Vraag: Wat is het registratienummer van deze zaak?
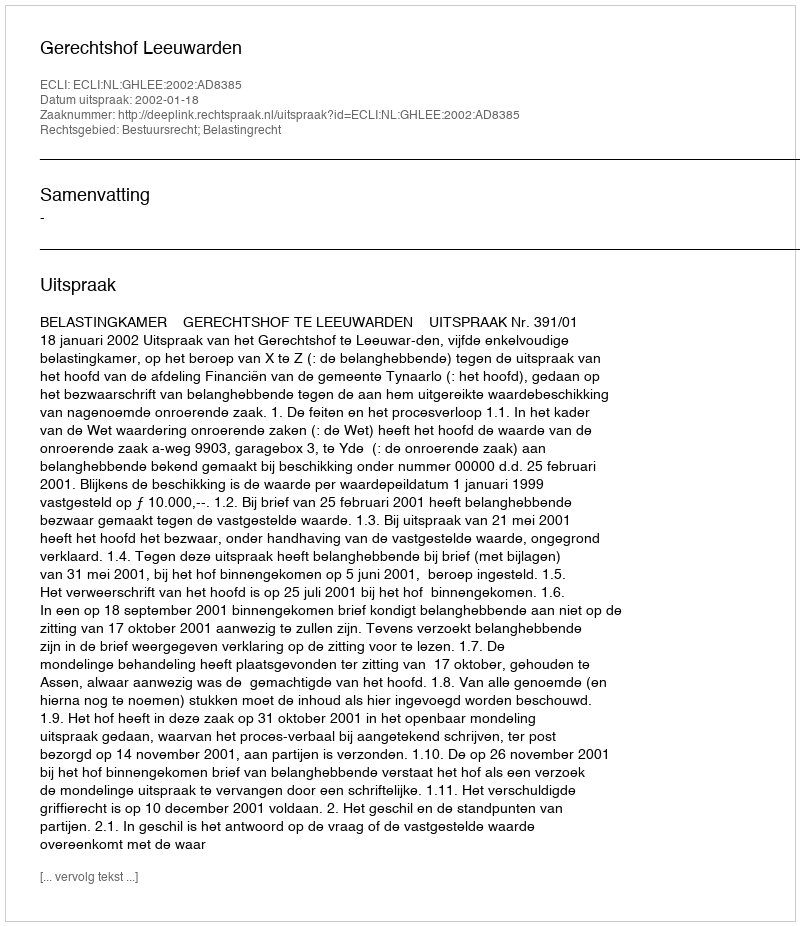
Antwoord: http://deeplink.rechtspraak.nl/uitspraak?id=ECLI:NL:GHLEE:2002:AD8385